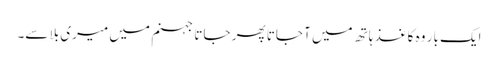
ایک بار وہ کاغذ ہاتھ میں آ جاتا پھر جاتا جہنم میں میری بلا سے۔